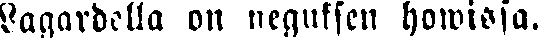
Lagardella on neguksen howissa.